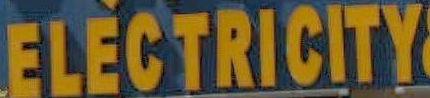
ELECTRICITY